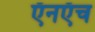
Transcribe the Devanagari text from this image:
ऍनऍच